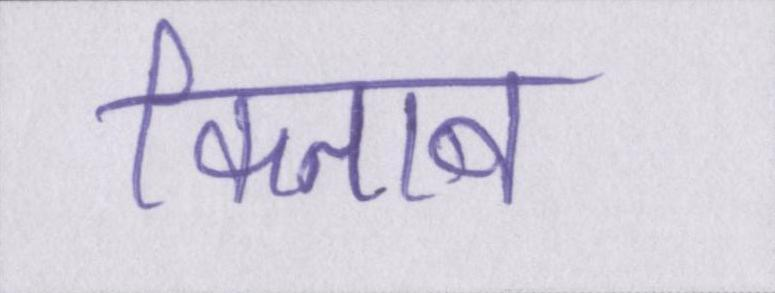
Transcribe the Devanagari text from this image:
किताब